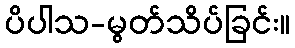
ပိပါသ-မွတ်သိပ်ခြင်း။